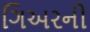
ગિઅરની